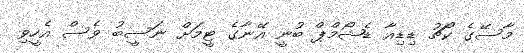
މާސޭގެ ކޯޗު ޑިޑިއާ ޑެޝޯމްޕް ބުނީ އޭނާގެ ޓީމަށް ނަސީބު ވެސް އެހީވި